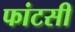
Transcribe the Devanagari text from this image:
फांटसी